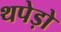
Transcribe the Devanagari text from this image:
थपेड़ो